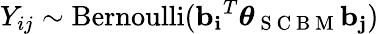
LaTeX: {Y_{ij}\sim\textrm{Bernoulli}(\mathbf{\mathbf{b}_{i}}^{T}\boldsymbol{\theta}_{\mathrm{~S~C~B~M~}}\mathbf{b_{j}})}